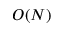
O ( N )